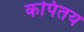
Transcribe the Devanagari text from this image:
कपितय